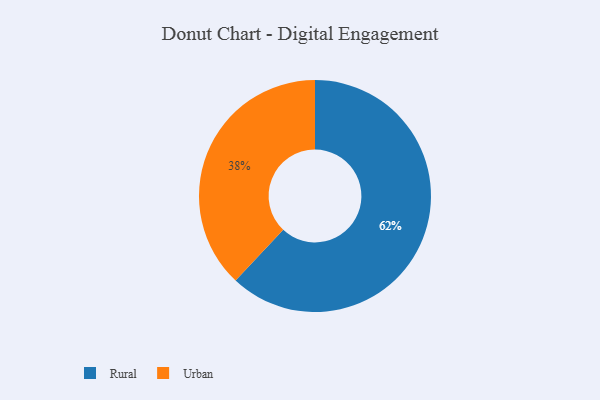
{"axis": {"x": "Category", "y": "Percentage"}, "legend": ["Rural", "Urban"], "data": [{"x": "Rural", "y": 62, "type": "Rural"}, {"x": "Urban", "y": 38, "type": "Urban"}]}